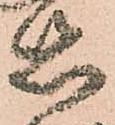
惑